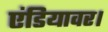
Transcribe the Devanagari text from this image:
एंडियावर।